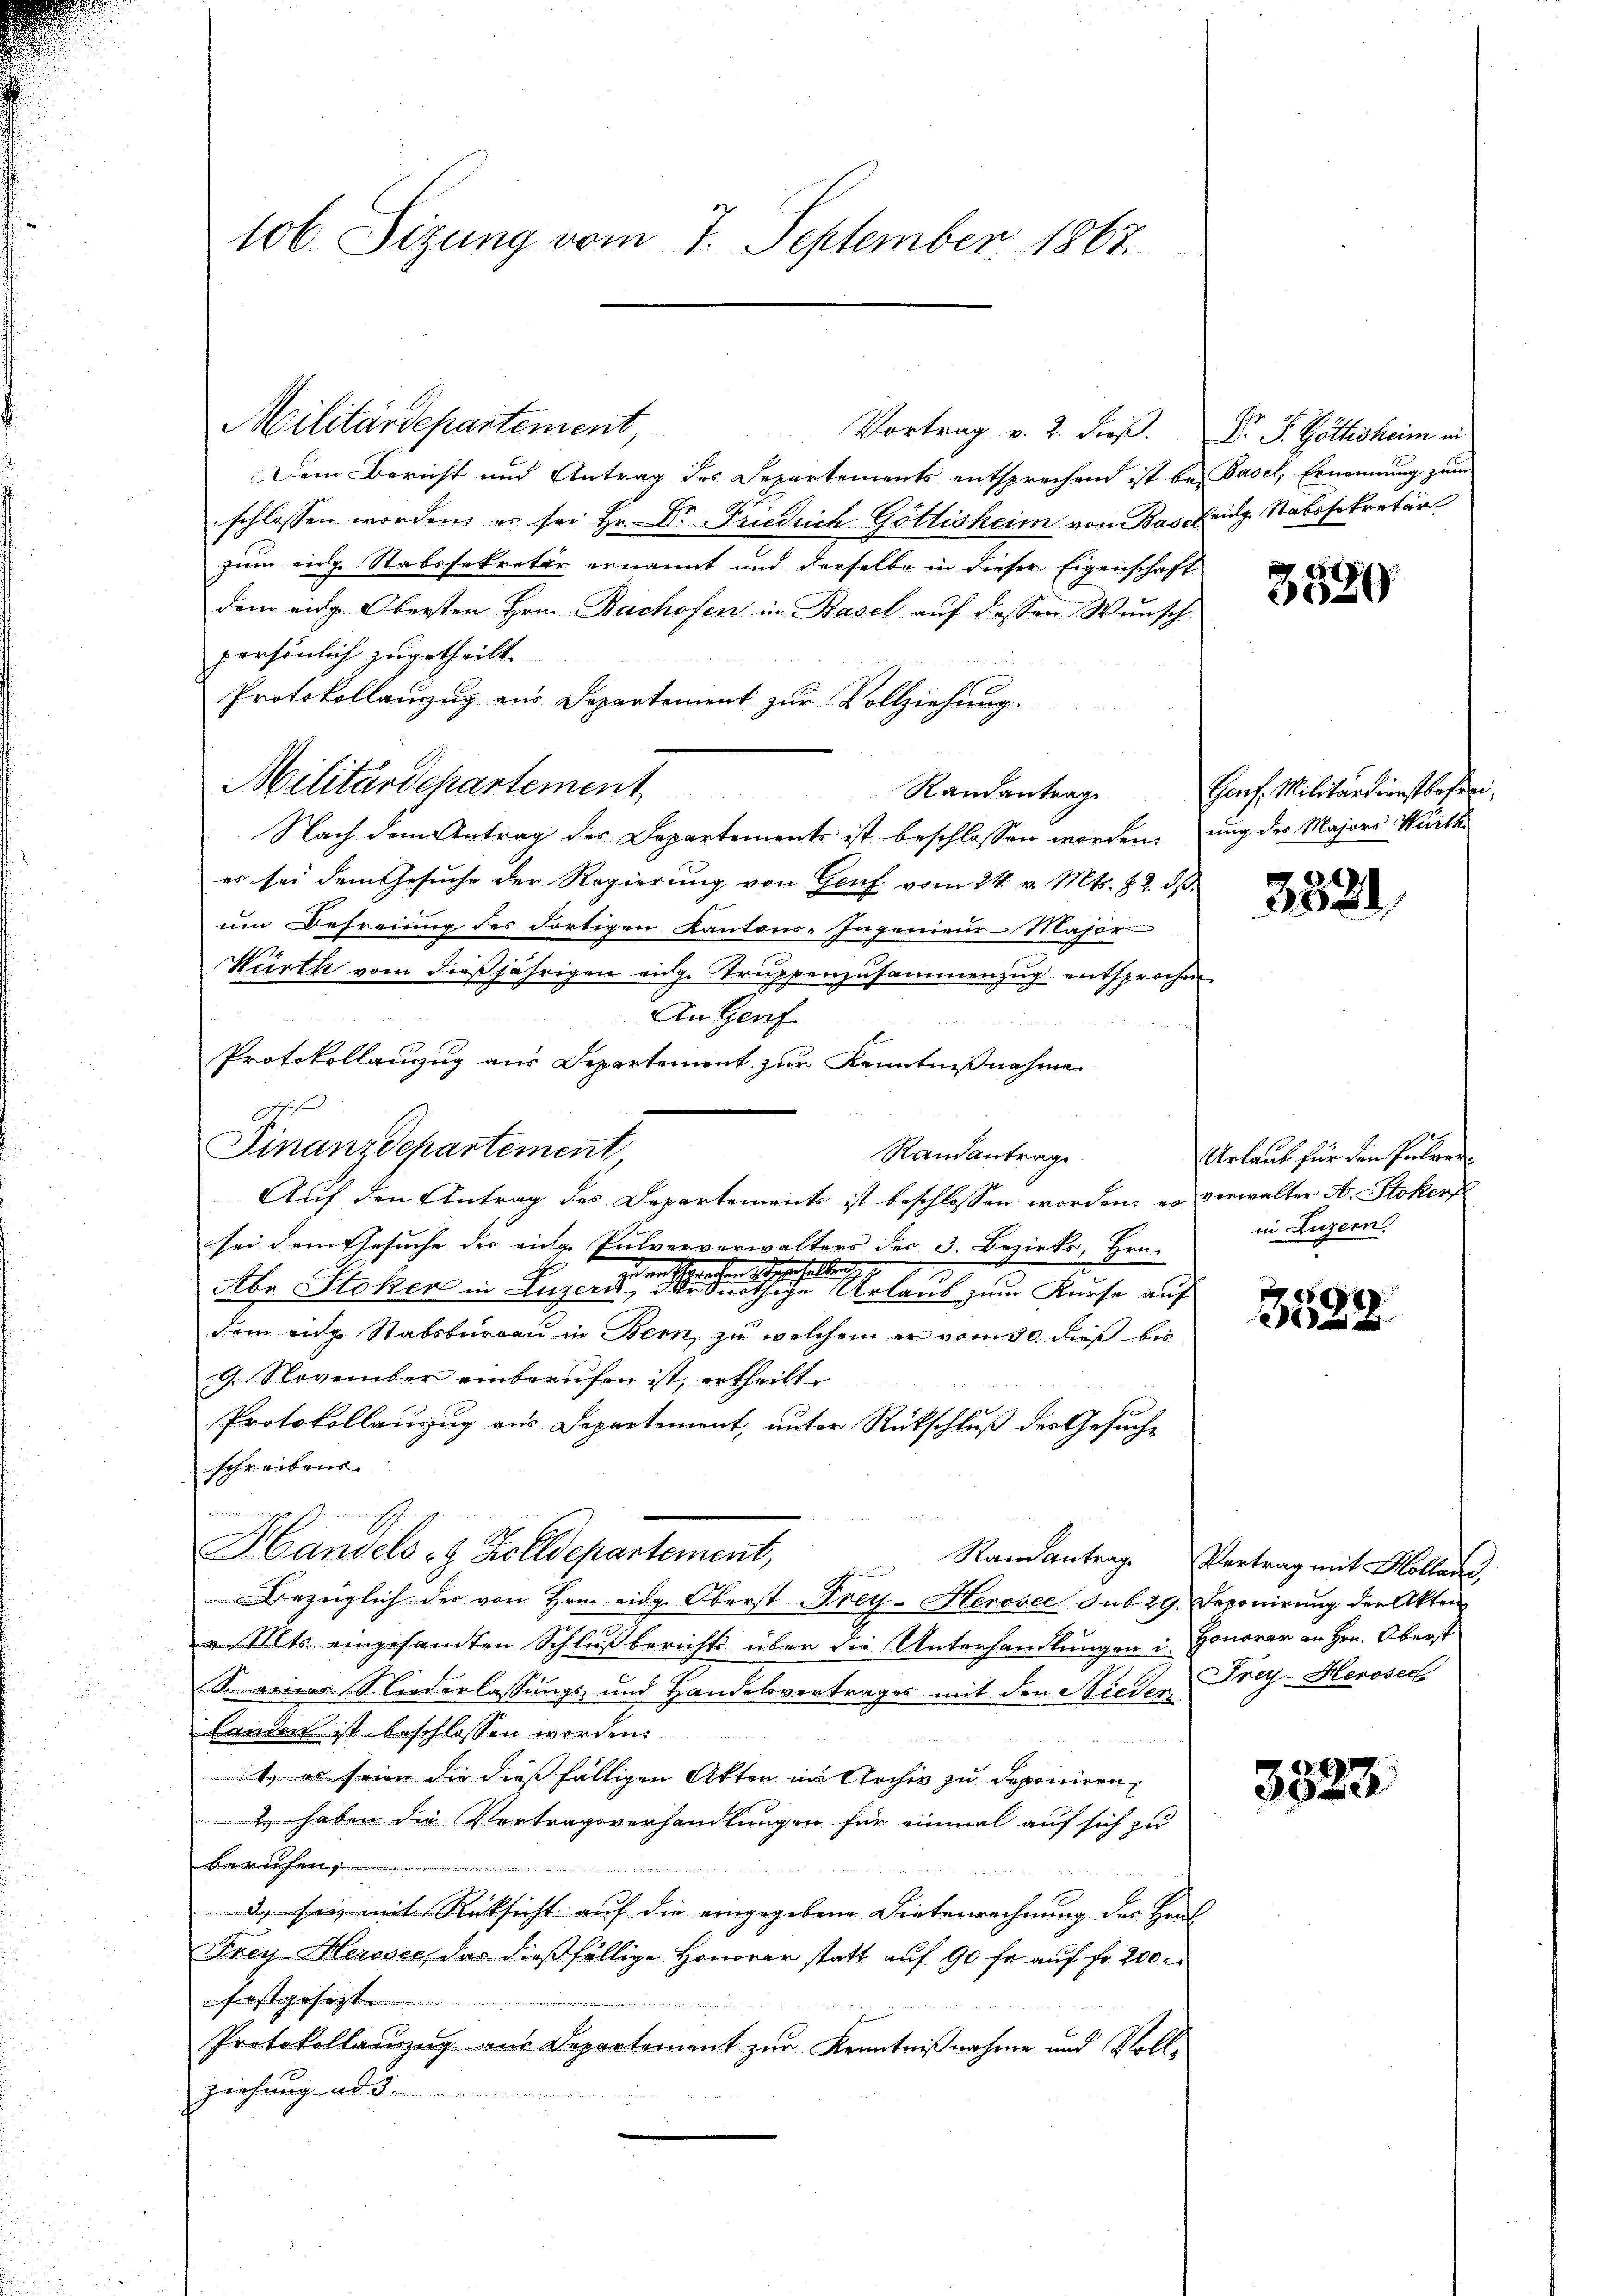
Vortrag v. 2. dieß. Dr. P. Göllisheim in
Dem Bericht und Antrag des Departements entsprechend ist bei Basel, Ernennung zum
.
schlossen worden, es sei Hr. Dr Friedrich Göttisheim von Bas Fridg. Stabssekretär
zum eine Stabssekretär ernannt und derselbe in dieser Eigenschaft
dem eidg. Obersten Hrn. Bachofen in Basel auf dessen Wunsch
persönlich zugetheilt.
Protokollauzug aus Departement zur Vollziehung.
Militärdepartement,
Randantrage
Nach dem Antrag des Departements ist beschlossen worden, ung des Majors Wurth
es sei dem Gesuche der Regierung von Genf vom 24. v. Mts. 22. ds
um Befreiung des dortigen Kantons-Ingenieur-Major
Würth vom dießjährigen eige Truppenzusammenzug entsprochen.
An Genf
Protokollanzug aus Departement zur Kenntnißnahme
Finanzdepartement,
Randantrag
Auf den Antrag des Departements ist beschlossen worden; es verwalter A. Stokerf
sei dem Gesuche der einge Pulververwalters der 3. Bezirks, Hrn.
en Verschen Bezeich allen g
2
Abr Stoker in Luzern einen einen eine einer eine Urlaub zum Kurse auf
dem aig Stabsbureau in Bern, zu welchem er vom 30. dieß bis
9. November einberufen ist, ertheilt
Protokollauszug aus Departement, unter Rückschluß des Gesuche
schreiben.
Gemisch
Handels- & Zolldepartement,
g
Bezüglich der von Hrn. eidg. Oberst Frey- Herosee sub 29. Deponirung der Akten
 Mts. eingesandten Schluß berichts über die Unterhandlungen in Honorar an Hrn. Oberst
So eines Niederlassungs- und Handelsvertrages mit den Nieder Frey-Herosech
Landen ist beschlossen worden.
t. es seien die dießfälligen Akten in Archiv zu deponiren,
2 haben die Vertragsverhandlungen für einmal auf sich zu
bereichen
erirtes den und der un
2 sei mit Rücksicht auf die eingegebene Dietenrechnung des Heut
Frey-Herisser, das dießfällige Honorar statt auf 90 fr auf Fr. 200.
forstgesezt
Protokollauszug aus Departemont zur Kenntnißnahme und Voll-
ziehung ad 5.

106. Sizung vom 7. September 1867.

Militärdepartement,

9

3880

Genf. Militärdienstbefrei

3521

Urlaub für den Probiren
in Luzern.

8

Randantrage Vertrag mit Molland,

3523